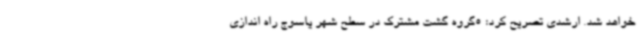
خواهد شد. ارشدی تصریح کرد: 5گروه گشت مشترک در سطح شهر یاسوج راه اندازی